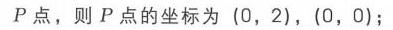
\(P\)点，则\(P\)点的坐标为 \((0,2)\)，\((0,0)\)；